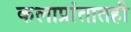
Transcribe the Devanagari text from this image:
कलाप्रांतातही